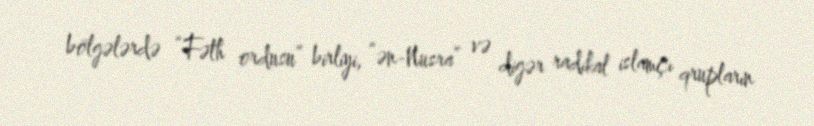
bölgələrdə “Fəth ordusu” birliyi, “ən-Nusra” və digər radikal islamçı qrupların